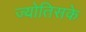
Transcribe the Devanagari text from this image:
ज्योतिसके